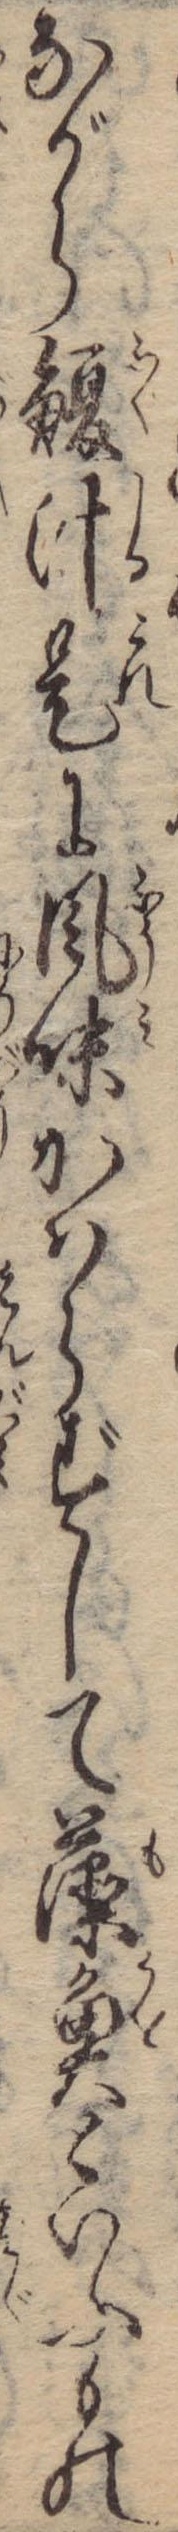
ながら鰒汁是に風味かはらずして藻魚といふもの